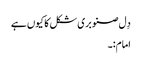
دِل صنوبری شکل کا کیوں ہے
امام:۔